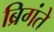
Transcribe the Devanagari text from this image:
ब्रिगंते